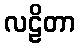
လဠိတာ